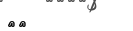
٣٣